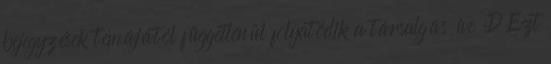
bejegyzések témájától függetlenül folyatódik a társalgás íve :D Ezt